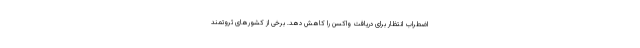
اضطراب انتظار برای دریافت واکسن را کاهش دهد. برخی از کشورهای ثروتمند